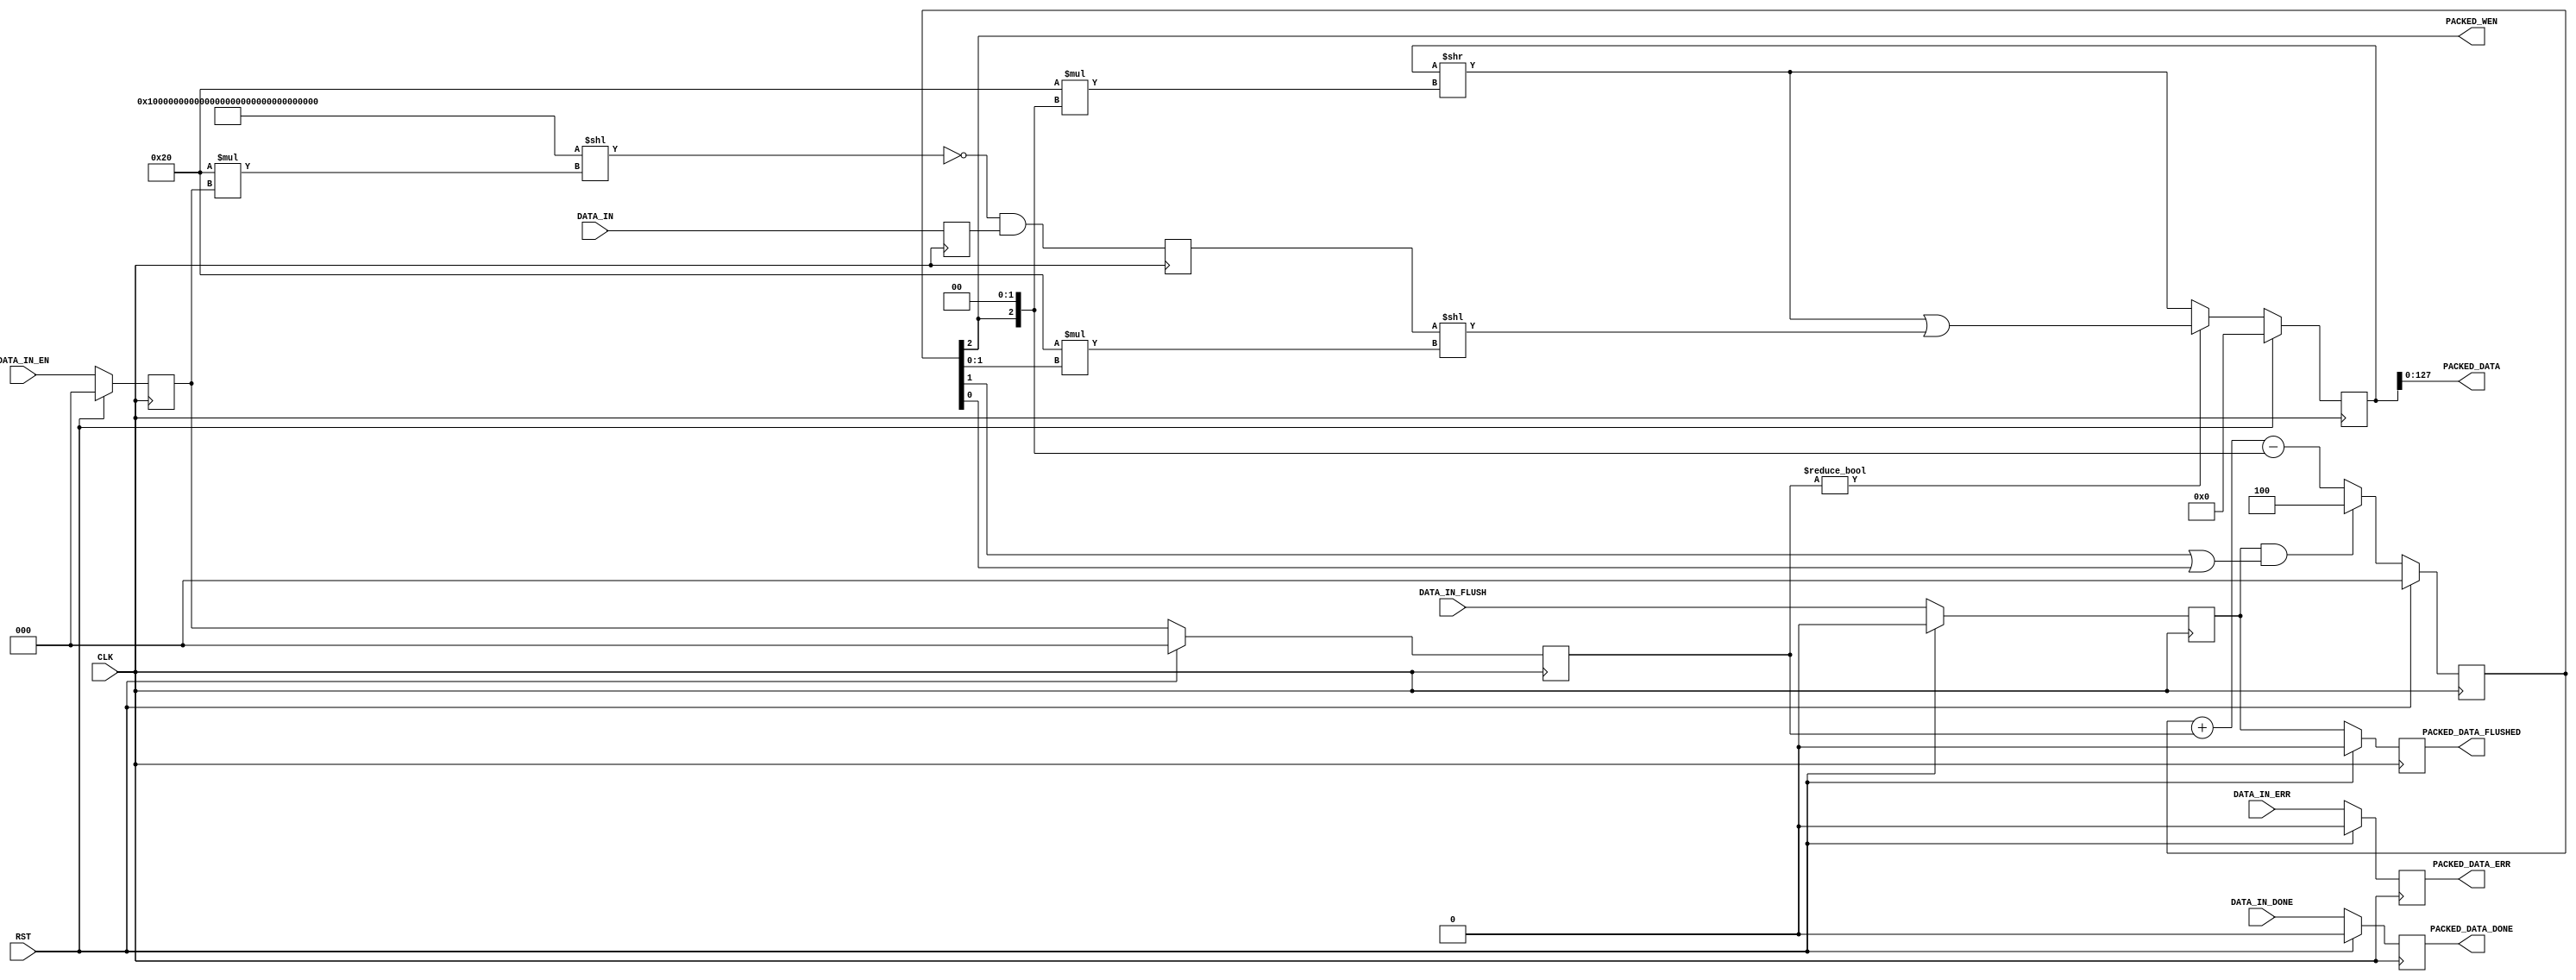
// ----------------------------------------------------------------------
// Copyright (c) 2016, The Regents of the University of California All
// rights reserved.
// 
// Redistribution and use in source and binary forms, with or without
// modification, are permitted provided that the following conditions are
// met:
// 
//     * Redistributions of source code must retain the above copyright
//       notice, this list of conditions and the following disclaimer.
// 
//     * Redistributions in binary form must reproduce the above
//       copyright notice, this list of conditions and the following
//       disclaimer in the documentation and/or other materials provided
//       with the distribution.
// 
//     * Neither the name of The Regents of the University of California
//       nor the names of its contributors may be used to endorse or
//       promote products derived from this software without specific
//       prior written permission.
// 
// THIS SOFTWARE IS PROVIDED BY THE COPYRIGHT HOLDERS AND CONTRIBUTORS
// "AS IS" AND ANY EXPRESS OR IMPLIED WARRANTIES, INCLUDING, BUT NOT
// LIMITED TO, THE IMPLIED WARRANTIES OF MERCHANTABILITY AND FITNESS FOR
// A PARTICULAR PURPOSE ARE DISCLAIMED. IN NO EVENT SHALL REGENTS OF THE
// UNIVERSITY OF CALIFORNIA BE LIABLE FOR ANY DIRECT, INDIRECT,
// INCIDENTAL, SPECIAL, EXEMPLARY, OR CONSEQUENTIAL DAMAGES (INCLUDING,
// BUT NOT LIMITED TO, PROCUREMENT OF SUBSTITUTE GOODS OR SERVICES; LOSS
// OF USE, DATA, OR PROFITS; OR BUSINESS INTERRUPTION) HOWEVER CAUSED AND
// ON ANY THEORY OF LIABILITY, WHETHER IN CONTRACT, STRICT LIABILITY, OR
// TORT (INCLUDING NEGLIGENCE OR OTHERWISE) ARISING IN ANY WAY OUT OF THE
// USE OF THIS SOFTWARE, EVEN IF ADVISED OF THE POSSIBILITY OF SUCH
// DAMAGE.
// ----------------------------------------------------------------------
//----------------------------------------------------------------------------
// Version:				1.00.a
// Verilog Standard:	Verilog-2001
// Description:			Packs 32, 64, or 96 bit received data into a 128 bit wide  
// FIFO. Assumes the FIFO always has room to accommodate the data.
// History:				@mattj: Version 2.0
// Additional Comments: 
//-----------------------------------------------------------------------------

`timescale 1ns/1ns
module fifo_packer_128 (
	input CLK,
	input RST,
	input [127:0] DATA_IN,		// Incoming data
	input [2:0] DATA_IN_EN,		// Incoming data enable
	input DATA_IN_DONE,			// Incoming data packet end
	input DATA_IN_ERR,			// Incoming data error
	input DATA_IN_FLUSH,		// End of incoming data
	output [127:0] PACKED_DATA,	// Outgoing data
	output PACKED_WEN,			// Outgoing data write enable
	output PACKED_DATA_DONE,	// End of outgoing data packet
	output PACKED_DATA_ERR,		// Error in outgoing data
	output PACKED_DATA_FLUSHED	// End of outgoing data
);

reg		[2:0]		rPackedCount=0, _rPackedCount=0;
reg					rPackedDone=0, _rPackedDone=0;
reg					rPackedErr=0, _rPackedErr=0;
reg					rPackedFlush=0, _rPackedFlush=0;
reg					rPackedFlushed=0, _rPackedFlushed=0;
reg		[223:0]		rPackedData=224'd0, _rPackedData=224'd0;
reg		[127:0]		rDataIn=128'd0, _rDataIn=128'd0;
reg		[2:0]		rDataInEn=0, _rDataInEn=0;
reg		[127:0]		rDataMasked=128'd0, _rDataMasked=128'd0;
reg		[2:0]		rDataMaskedEn=0, _rDataMaskedEn=0;


assign PACKED_DATA = rPackedData[127:0];
assign PACKED_WEN = rPackedCount[2];
assign PACKED_DATA_DONE = rPackedDone;
assign PACKED_DATA_ERR = rPackedErr;
assign PACKED_DATA_FLUSHED = rPackedFlushed;


// Buffers input data until 4 words are available, then writes 4 words out.
wire [127:0] wMask = {128{1'b1}}<<(32*rDataInEn);
wire [127:0] wDataMasked = ~wMask & rDataIn;
always @ (posedge CLK) begin
	rPackedCount <= #1 (RST ? 3'd0 : _rPackedCount);
	rPackedDone <= #1 (RST ? 1'd0 : _rPackedDone);
	rPackedErr <= #1 (RST ? 1'd0 : _rPackedErr);
	rPackedFlush <= #1 (RST ? 1'd0 : _rPackedFlush);
	rPackedFlushed <= #1 (RST ? 1'd0 : _rPackedFlushed);
	rPackedData <= #1 (RST ? 224'd0 : _rPackedData);
	rDataIn <= #1 _rDataIn;
	rDataInEn <= #1 (RST ? 3'd0 : _rDataInEn);
	rDataMasked <= #1 _rDataMasked;
	rDataMaskedEn <= #1 (RST ? 3'd0 : _rDataMaskedEn);
end

always @ (*) begin
	// Buffer and mask the input data.
	_rDataIn = DATA_IN;
	_rDataInEn = DATA_IN_EN;
	_rDataMasked = wDataMasked;
	_rDataMaskedEn = rDataInEn;

	// Count what's in our buffer. When we reach 4 words, 4 words will be written
	// out. If flush is requested, write out whatever remains.
	if (rPackedFlush && (rPackedCount[1] | rPackedCount[0]))
		_rPackedCount = 4;
	else
		_rPackedCount = rPackedCount + rDataMaskedEn - {rPackedCount[2], 2'd0};
	
	// Shift data into and out of our buffer as we receive and write out data.
	if (rDataMaskedEn != 3'd0)
		_rPackedData = ((rPackedData>>(32*{rPackedCount[2], 2'd0})) | (rDataMasked<<(32*rPackedCount[1:0])));
	else
		_rPackedData = (rPackedData>>(32*{rPackedCount[2], 2'd0}));

	// Track done/error/flush signals.
	_rPackedDone = DATA_IN_DONE;
	_rPackedErr = DATA_IN_ERR;
	_rPackedFlush = DATA_IN_FLUSH;
	_rPackedFlushed = rPackedFlush;
end



endmodule